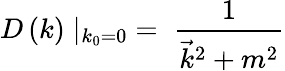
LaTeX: D\left(k\right)\mid_{k_{0}=0}\; =\; {\frac{1}{{\vec{k}}^{2}+m^{2}}}